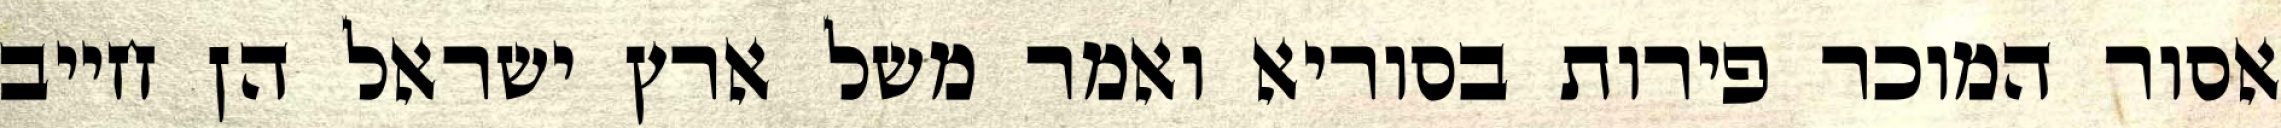
אסור המוכר פירות בסוריא ואמר משל ארץ ישראל הן חייב